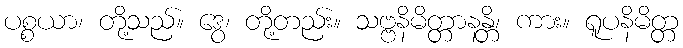
ပစ္စယာ၊ တို့သည်။ ဒွေ၊ တို့တည်း။ သဗ္ဗနိမိတ္တာနန္တိ၊ ကား။ ရူပနိမိတ္တ